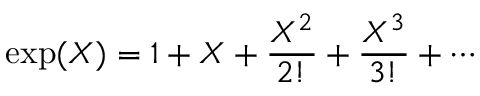
\exp ( X ) = 1 + X + { \frac { X ^ { 2 } } { 2 ! } } + { \frac { X ^ { 3 } } { 3 ! } } + \cdots